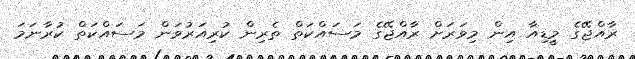
ރާއްޖޭގެ މީޑިއާ އިން މިވަރަށް ރާއްޖޭގެ މަސައްކަތް ތެރިން ކުރިއަރުވަން މަސައްކަތް ކުރާނަމަ